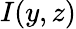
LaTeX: I(y,z)